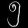
Digit: ၅